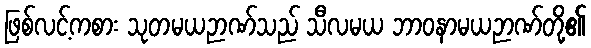
ဖြစ်လင့်ကစား သုတမယဉာဏ်သည် သီလမယ ဘာဝနာမယဉာဏ်တို့၏